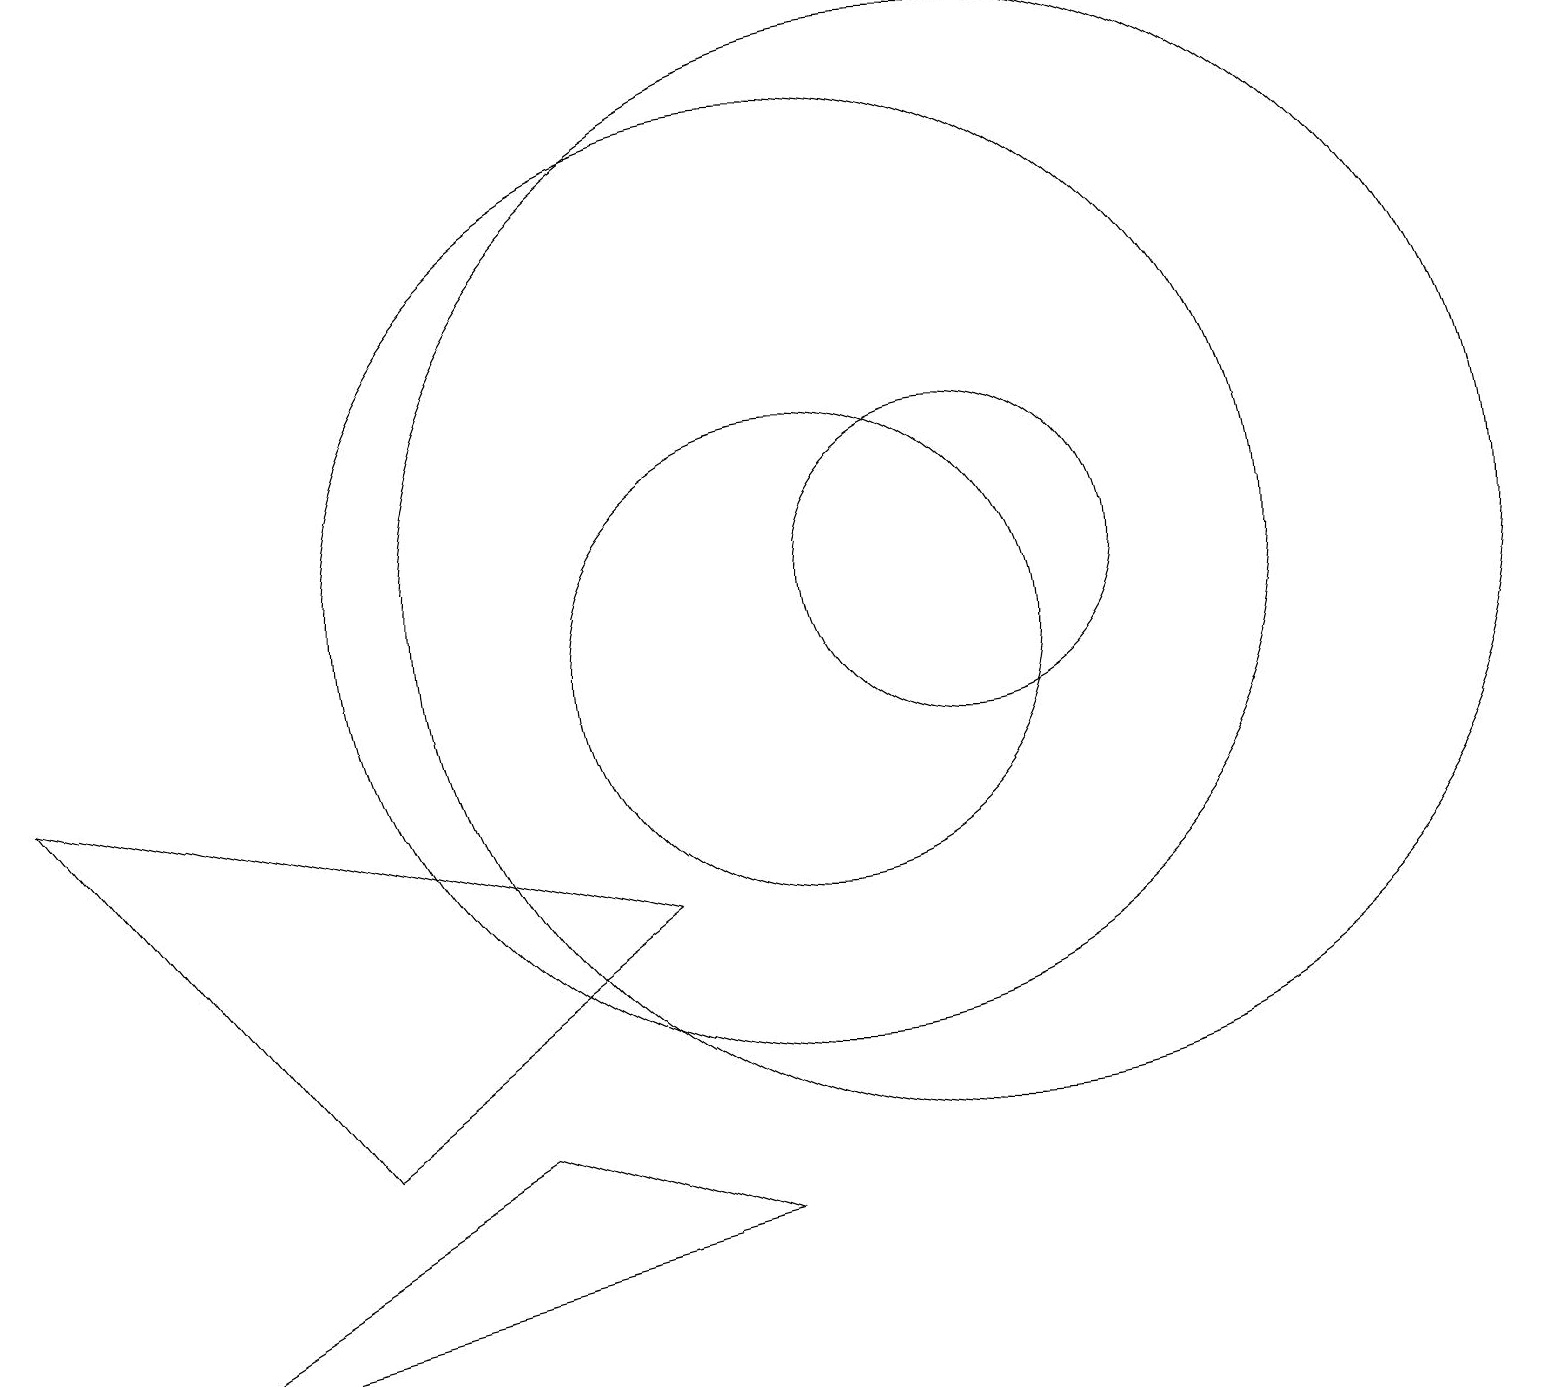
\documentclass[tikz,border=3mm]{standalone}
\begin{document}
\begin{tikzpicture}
\draw (10,10) circle (3);
\draw (12,11) circle (7);
\draw (1,1) -- (6,4) -- (9,3) -- cycle;
\draw (12,11) circle (2);
\draw (10,11) circle (6);
\draw (0,9) -- (8,7) -- (4,4) -- cycle;
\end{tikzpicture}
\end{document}